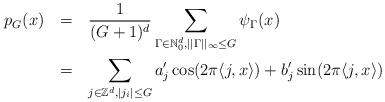
LaTeX: \begin{align*} \begin{aligned} p_G(x) \:\:\: & = \:\:\: \frac{1}{(G+1)^d}\sum_{\Gamma\in\mathbb{N}_0^d,||\Gamma||_{\infty}\leq G}\psi_{\Gamma}(x)\\ & = \:\:\: \sum_{j\in\mathbb{Z}^d,|j_i|\leq G}a'_j\cos(2\pi\langle j,x\rangle)+b'_j\sin(2\pi\langle j,x\rangle) \end{aligned}\end{align*}